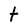
Character: t